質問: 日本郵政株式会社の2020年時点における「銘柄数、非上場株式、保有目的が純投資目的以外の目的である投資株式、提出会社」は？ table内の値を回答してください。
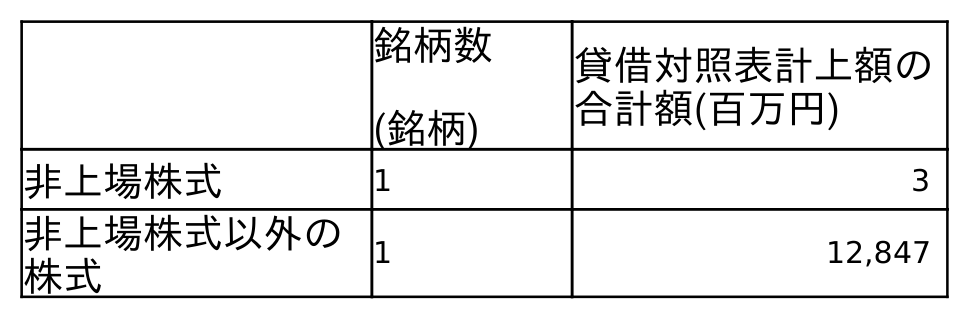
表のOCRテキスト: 銘柄数 (銘柄) 貸借対照表計上額の 合計額(百万円) 非上場株式 1 3 非上場株式以外の 株式 1 12,847
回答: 1